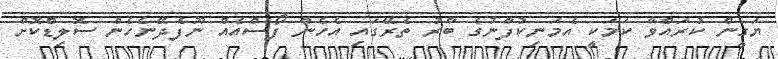
ޔަގީން ކުރައްވާ ކަމަކީ އެމަނިކުފާނުގެ ބާރު ތެރޭގައި އެހެން ފޯސްއެއް ނޫފެދޭނެހެން ސޮލިޑްކޮށް